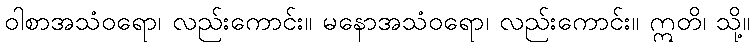
ဝါစာအသံဝရော၊ လည်းကောင်း။ မနောအသံဝရော၊ လည်းကောင်း။ ဣတိ၊ သို့။